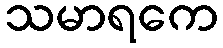
သမာရကေ